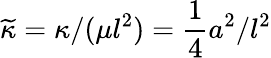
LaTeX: \widetilde{{\kappa}}={\kappa}/(\mu l^{2})=\frac{1}{4}a^{2}/l^{2}